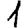
Digit: 1